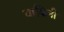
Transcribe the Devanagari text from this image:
वाकिनी